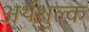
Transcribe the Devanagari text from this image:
अर्थशुल्क